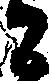
ニ